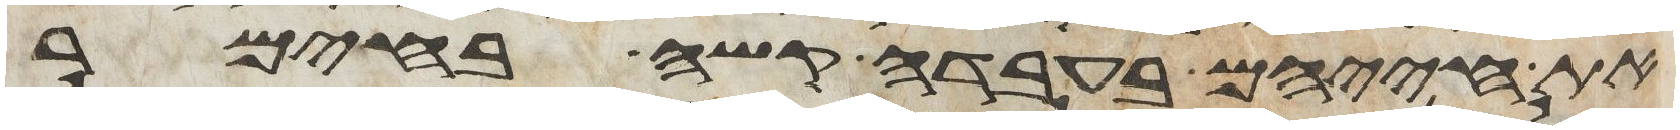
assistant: את חייהם בעבדה קשה בחימר